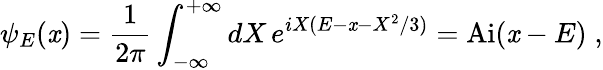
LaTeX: \psi_{E}(\mathit{x})=\frac{{1}}{{2\pi}}\int_{-\infty}^{+\infty}dX\, e^{iX(E-\mathit{x}-X^{2}/3)}=\mathrm{{Ai}}(\mathit{x}-E)\; ,